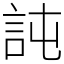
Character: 訰